Lunatic asylums Madras 1877-1891 - 1877-1891
Year: 1877
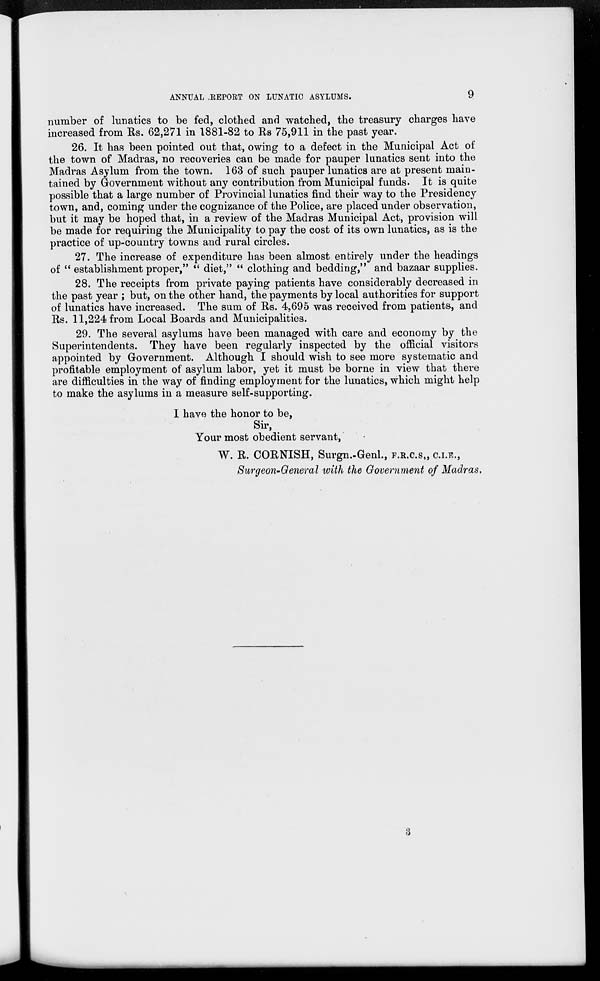
9
ANNUAL REPORT ON LUNATIC ASYLUMS.
number of lunatics to be fed, clothed and watched, the treasury charges have
increased from Rs. 62,271 in 1881-82 to Rs 75,911 in the past year.
26. It has been pointed out that, owing to a defect in the Municipal Act of
the town of Madras, no recoveries can be made for pauper lunatics sent into the
Madras Asylum from the town. 163 of such pauper lunatics are at present main-
tained by Government without any contribution from Municipal funds. It is quite
possible that a large number of Provincial lunatics find their way to the Presidency
town, and, coming under the cognizance of the Police, are placed under observation,
but it may be hoped that, in a review of the Madras Municipal Act, provision will
be made for requiring the Municipality to pay the cost of its own lunatics, as is the
practice of up-country towns and rural circles.
27. The increase of expenditure has been almost entirely under the headings
of "establishment proper," "diet," "clothing and bedding," and bazaar supplies.
28. The receipts from private paying patients have considerably decreased in
the past year ; but, on the other hand, the payments by local authorities for support
of lunatics have increased. The sum of Rs. 4,695 was received from patients, and
Rs. 11,224 from Local Boards and Municipalities.
29. The several asylums have been managed with care and economy by the
Superintendents. They have been regularly inspected by the official visitors
appointed by Government. Although I should wish to see more systematic and
profitable employment of asylum labor, yet it must be borne in view that there
are difficulties in the way of finding employment for the lunatics, which might help
to make the asylums in a measure self-supporting.
I have the honor to be,
Sir,
Your most obedient servant,
W. R. CORNISH, Surgn.-Genl., F.R.C.S., C.I.E.,
Surgeon-General with the Government of Madras.
3